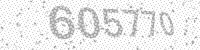
Solution: 605770